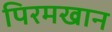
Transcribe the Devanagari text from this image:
पिरमखान